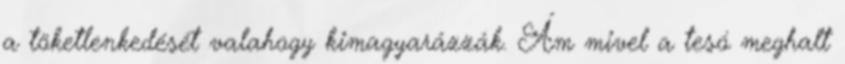
a töketlenkedését valahogy kimagyarázzák. Ám mivel a tesó meghalt